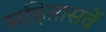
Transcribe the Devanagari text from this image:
सहितासर्वे